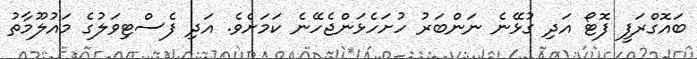
ބައޮގްރަފީ ފޮޓޯ އަދި ގުޅޭނެ ނަންބަރު ހުށަހެޅަންޖެހޭނެ ކަމަށެވެ. އަދި ފެސްޓިވަލުގެ މައުލޫމާތު